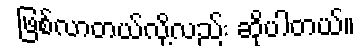
ဖြစ်လာတယ်လို့လည်း ဆိုပါတယ်။